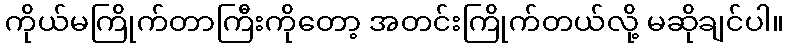
ကိုယ်မကြိုက်တာကြီးကိုတော့ အတင်းကြိုက်တယ်လို့ မဆိုချင်ပါ။